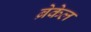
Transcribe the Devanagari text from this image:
ब्रेकेल